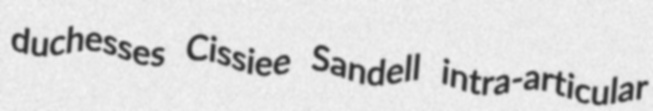
duchesses Cissiee Sandell intra-articular